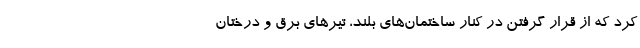
کرد که از قرار گرفتن در کنار ساختمان‌های بلند، تیرهای برق و درختان